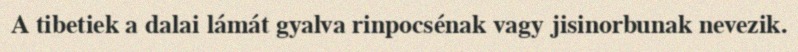
A tibetiek a dalai lámát gyalva rinpocsénak vagy jisinorbunak nevezik.